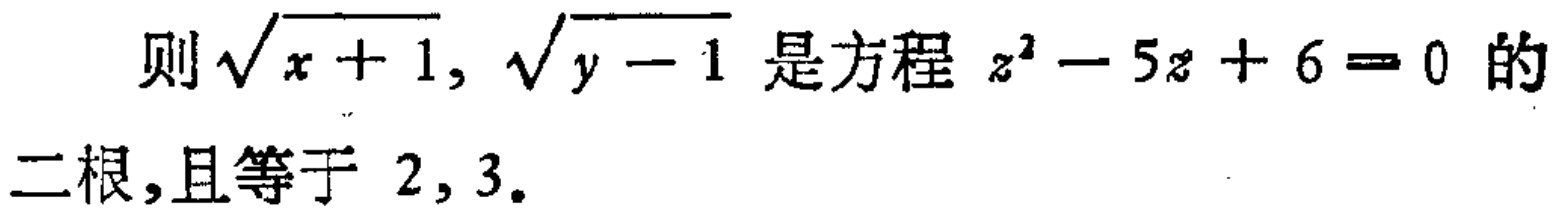
则\(\sqrt{x + 1}, \sqrt{y - 1}\)是方程\(z^{2} - 5z + 6 = 0\)的二根,且等于 \(2, 3\).